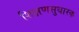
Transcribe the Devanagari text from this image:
शिक्षणसुधारक